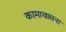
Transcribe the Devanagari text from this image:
कामावासना